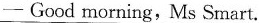
-Good morning,Ms Smart.